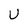
Character: U